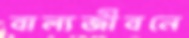
বাল্যজীবনে